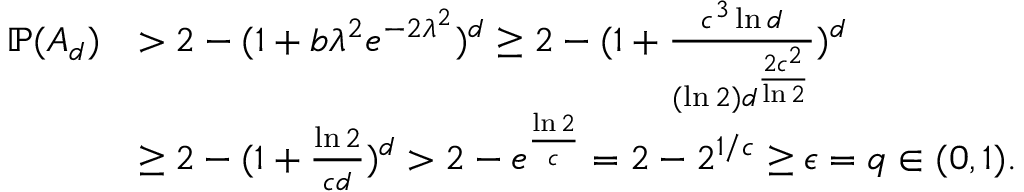
\begin{array} { r l } { \mathbb { P } ( A _ { d } ) } & { > 2 - ( 1 + b \lambda ^ { 2 } e ^ { - 2 \lambda ^ { 2 } } ) ^ { d } \ge 2 - ( 1 + \frac { c ^ { 3 } \ln d } { ( \ln 2 ) d ^ { \frac { 2 c ^ { 2 } } { \ln 2 } } } ) ^ { d } } \\ & { \ge 2 - ( 1 + \frac { \ln 2 } { c d } ) ^ { d } > 2 - e ^ { \frac { \ln 2 } { c } } = 2 - 2 ^ { 1 / c } \ge \epsilon = q \in ( 0 , 1 ) . } \end{array}